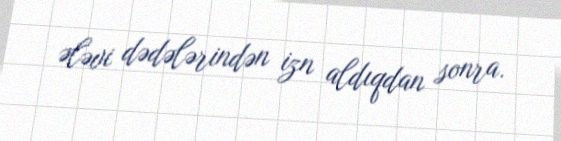
ələvi dədələrindən izn aldıqdan sonra.